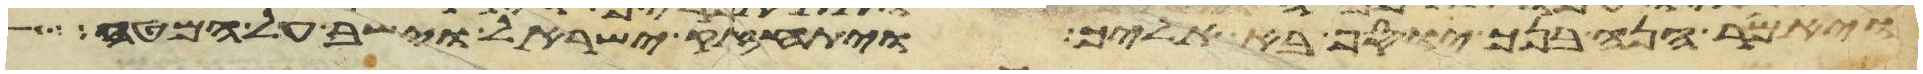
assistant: ויאמר הנה בנך יוסף בא אליך ויתחזק ישראל וישב על המטה